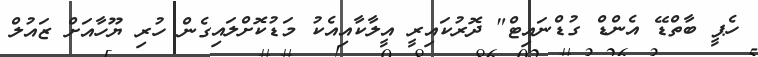
ހެޕީ ބާތްޑޭ އެންޑް ގުޑްނައިޓް" ދޮރުކައިރީ އީލާކާއިއެކު މަޑުކޮށްލައިގެން ހުރި ޔޫހާއަށް ޒައުލް